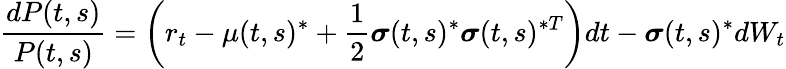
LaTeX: {\frac{dP(t,s)}{P(t,s)}}=\left(r_{t}-\mu(t,s)^{*}+{\frac{1}{2}}{\boldsymbol{\sigma}}(t,s)^{*}{\boldsymbol{\sigma}}(t,s)^{*T}\right)dt-{\boldsymbol{\sigma}}(t,s)^{*}dW_{t}